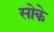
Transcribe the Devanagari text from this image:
सोके